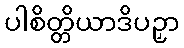
ပါစိတ္တိယာဒိပဉှာ